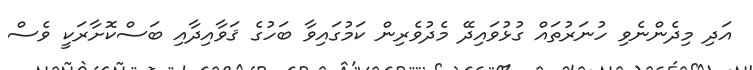
އަދި މިދެންނެވި ހުނަރުތައް ގުޅުވައިދޭ މެދުވެރިން ކަމުގައިވާ ބަހުގެ ޤަވާއިދާއި ބަސްކޮށާރަކީ ވެސް